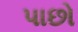
પાછો